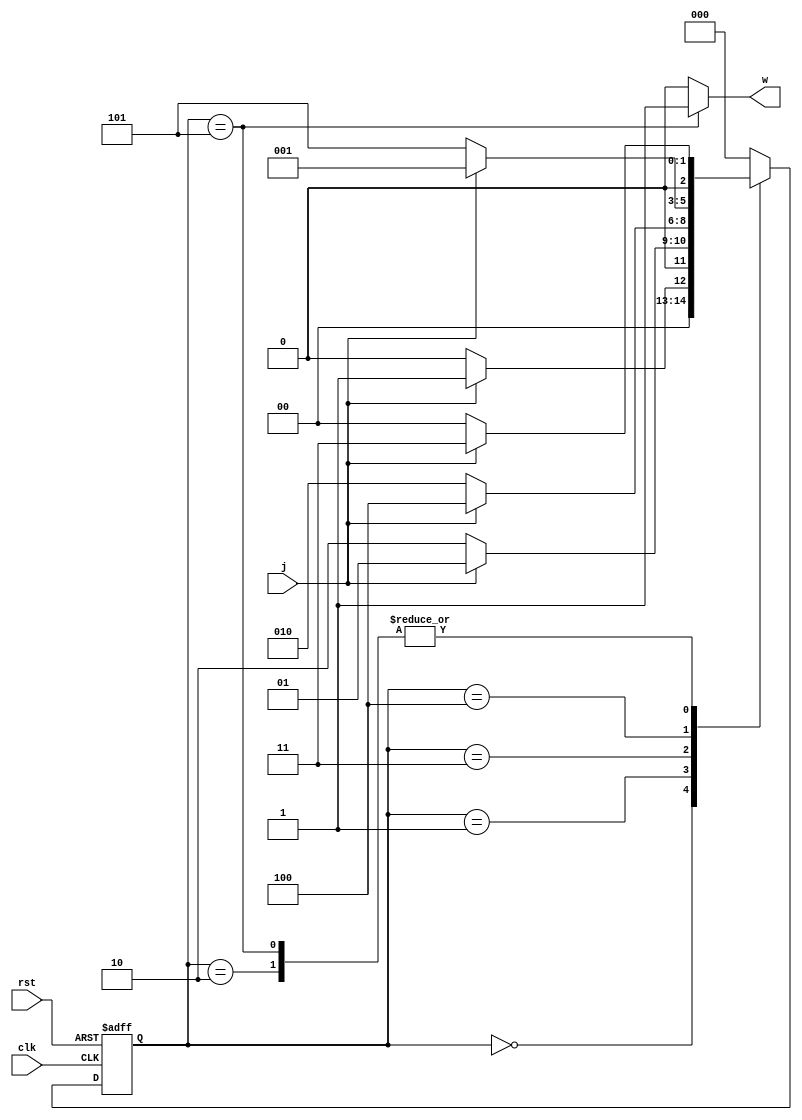
`timescale 1ns/1ns
module moore10110_pre(input clk,rst,j, output w);
	reg [2:0] ns,ps;
	parameter [2:0] A=3'b000, B=3'b001, C=3'b010, D=3'b011, E=3'b100, F=3'b101; 
	
	always @(ps,j) begin
		ns = A;
		case(ps)
			A: ns= j ? B : A;
			B: ns= j ? B : C;
			C: ns= j ? D : A;
			D: ns= j ? E : C;
			E: ns= j ? B : F;
			F: ns= j ? D : A;
			default: ns= A;
		endcase
	end

	assign w= (ps==F) ? 1'b1 : 1'b0;

	always @(posedge clk, posedge rst) begin
		if (rst)
			ps <= A;
		else
			ps <= ns;
	end

endmodule

module moore10110_TB();
	reg j=0,clk=0,rst=0;
	wire w;
	moore10110_pre M(clk,rst,j, w);
	initial begin
		#220 rst = 1;
		#130 rst = 0;
		#200 j = 1;
		#200 j = 0;
		#200 j = 1;
		#200 j = 1;
		#200 j = 0;
		#200 j = 1;
		rst = 1;
		#200 j = 1;
		rst = 0;
		#200 j = 0;
		#200 j = 0;
		#200 j = 1;
		#200 j = 0;
		#200 j = 1;
		#200 j = 0;
		#200 j = 1;
		#200 j = 1;
		#200 j = 0;
		#200 j = 1;
		#200 j = 1;
		#200 j = 0;
		#200 j = 0;
		#200 j = 0;
		#200 j = 1;
		#200 j = 0;
		#200 j = 0;
	end
	always #100 clk = ~clk;
endmodule